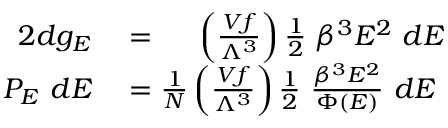
\begin{array} { r l } { { 2 } d g _ { E } } & { { } = \quad \ \left( { \frac { V f } { \Lambda ^ { 3 } } } \right) { \frac { 1 } { 2 } } ~ \beta ^ { 3 } E ^ { 2 } ~ d E } \\ { P _ { E } ~ d E } & { { } = { \frac { 1 } { N } } \left( { \frac { V f } { \Lambda ^ { 3 } } } \right) { \frac { 1 } { 2 } } ~ { \frac { \beta ^ { 3 } E ^ { 2 } } { \Phi ( E ) } } ~ d E } \end{array}